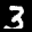
Label: 3